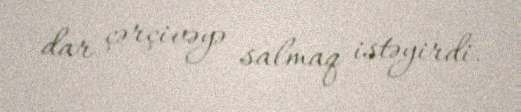
dar çərçivəyə salmaq istəyirdi.